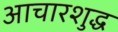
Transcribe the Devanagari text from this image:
आचारशुद्ध